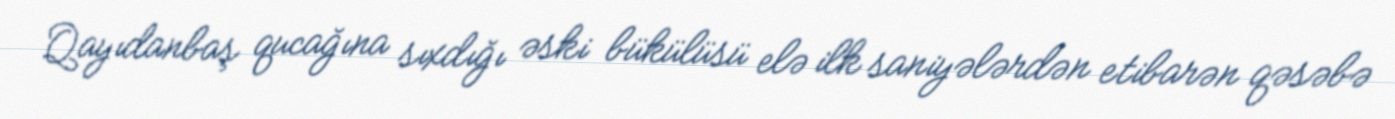
Qayıdanbaş qucağına sıxdığı əski bükülüsü elə ilk saniyələrdən etibarən qəsəbə